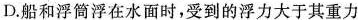
D.船和浮筒浮在水面时，受到的浮力大于其重力